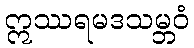
ဣဿရမဒသမ္ဘဝံ